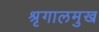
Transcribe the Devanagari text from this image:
श्रृगालमुख